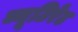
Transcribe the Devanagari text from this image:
ब्यूटिरेट